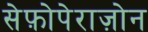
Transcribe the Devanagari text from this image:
सेफ़ोपेराज़ोन